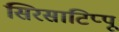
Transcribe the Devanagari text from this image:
सिरसाटिप्पू